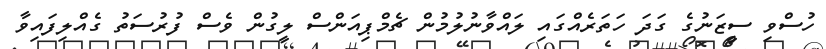
ހުސްވި ސީޒަނުގެ ގަދަ ހަތަރެއްގައި ލައްވާނުލުމުން ޗެމްޕިއަންސް ލީގުން ވެސް ފުރުސަތު ގެއްލިފައިވާ